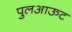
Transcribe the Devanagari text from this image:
पुलआऊट